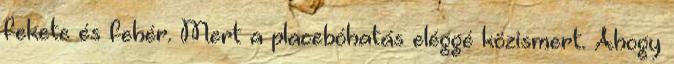
fekete és fehér. Mert a placebóhatás eléggé közismert. Ahogy